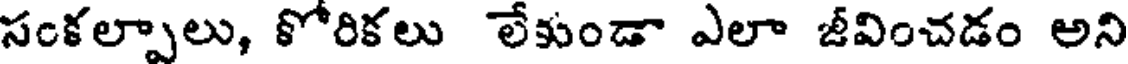
సంకల్పాలు, కోరికలు లేకుండా ఎలా జీవించడం అని